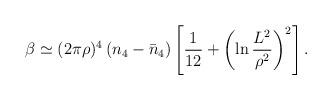
LaTeX: \begin{align*}\beta\simeq(2\pi\rho)^4\left(n_4-\bar n_4\right)\left[\frac{1}{12}+\left(\ln\frac{L^2}{\rho^2}\right)^2\right].\end{align*}